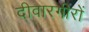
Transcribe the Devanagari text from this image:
दीवारगीरों